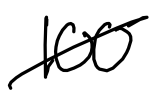
Text: 100
Cross-out: diagonal
Writing tool: digital_black